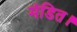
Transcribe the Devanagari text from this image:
मंडित।